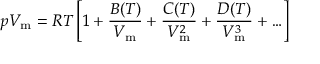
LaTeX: p V _ { \mathrm { m } } = R T \left[ 1 + { \frac { B ( T ) } { V _ { \mathrm { m } } } } + { \frac { C ( T ) } { V _ { \mathrm { m } } ^ { 2 } } } + { \frac { D ( T ) } { V _ { \mathrm { m } } ^ { 3 } } } + \ldots \right]